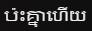
ប៉ះគ្នាហើយ